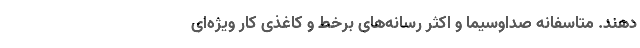
دهند. متاسفانه صداوسیما و اکثر رسانه‌های برخط و کاغذی کار ویژه‌ای